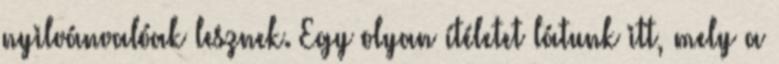
nyilvánvalóak lesznek. Egy olyan ítéletet látunk itt, mely a